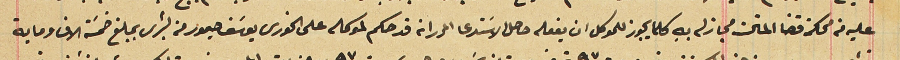
عليه من محكمة قضا المتن مجاز له بهِ كلما يجوز للموكل ان يفعله حاصل الاسَتدعا المحرر انه قد حكم لموكله على الخورى يوسَف حيمور من بشرى بمبلغ خمسَة الاف وماية